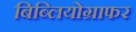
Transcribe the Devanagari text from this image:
बिब्लियोग्राफर